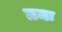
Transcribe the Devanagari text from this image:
तमः